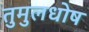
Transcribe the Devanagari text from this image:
तुमुलधोष